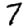
Digit: 7